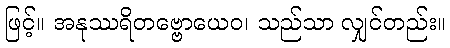
ဖြင့်။ အနုဿရိတဗ္ဗောယေဝ၊ သည်သာ လျှင်တည်း။